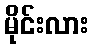
မိုင်းလား